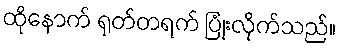
ထိုနောက် ရုတ်တရက် ပြုံးလိုက်သည်။